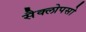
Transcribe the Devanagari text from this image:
सैक्लोपसो